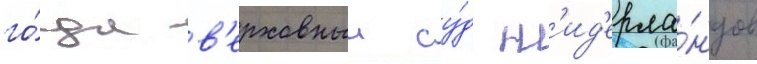
го́да в'ерховныи су́д н'ид'ерла́ндов